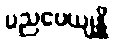
ပညပေယျန္တိ